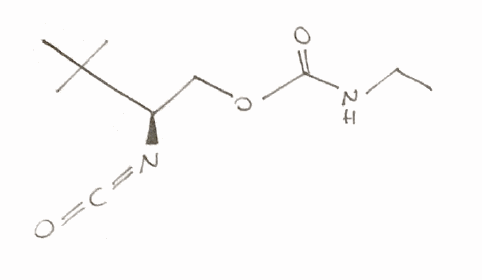
Simplified molecular-input line-entry system (SMILES) notation of the given molecule:
CCNC(=O)OC[C@H](C(C)(C)C)N=C=O